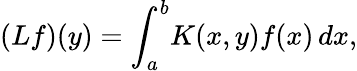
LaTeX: (Lf)(y)=\int_{a}^{b}\! K(x,y)f(x)\, dx,